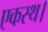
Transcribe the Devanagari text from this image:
एकस्थ।